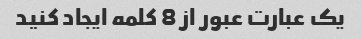
یک عبارت عبور از 8 کلمه ایجاد کنید